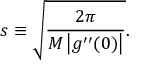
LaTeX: s \equiv { \sqrt { \frac { 2 \pi } { M \left| g ^ { \prime \prime } ( 0 ) \right| } } } .